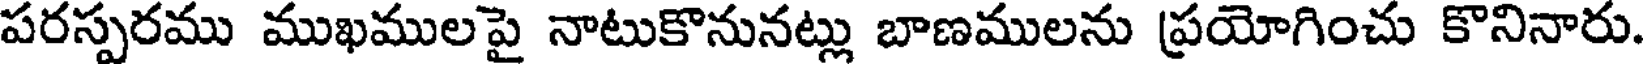
పరస్పరము ముఖములపై నాటుకొనునట్లు బాణములను ప్రయోగించు కొనినారు.